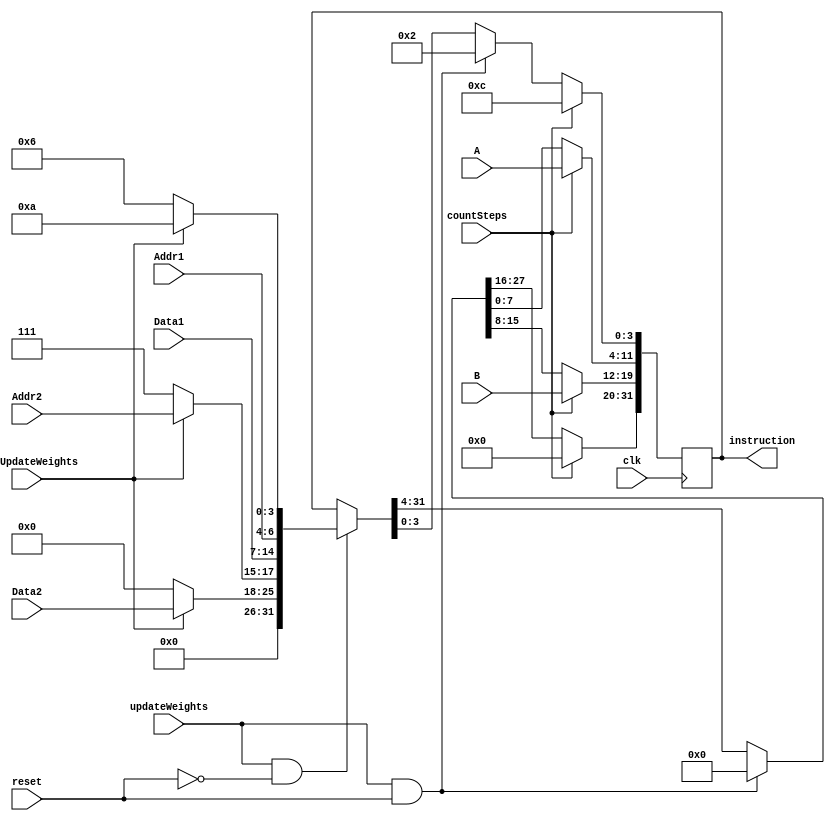
module instrFetch(
    clk, updateWeights, countSteps, reset, dualUpdateWeights, A, B, Addr1, Addr2, Data1, Data2,
    instruction
);
    input  clk;
    input  reset;
    input  countSteps;
    input  updateWeights;
    input  dualUpdateWeights;
    input  [7 :0] A, B; 
    input  [2 :0] Addr1, Addr2;
    input  [7 :0] Data1, Data2;
    output reg [31: 0] instruction;

    always @(posedge clk) begin
        if(countSteps == 1'b1) begin
            instruction[ 3: 0] = 4'b1100;
            instruction[11: 4] = A;
            instruction[19:12] = B;
            instruction[31:20] = 12'b0; // Waste Bits
        end
        else if(updateWeights ==  1'b1 & reset == 1'b1) begin
            instruction[ 3: 0] =  4'b0010;
            instruction[31: 4] = 28'b0;
        end
        else if(updateWeights == 1'b1 & reset == 1'b0) begin
            if(dualUpdateWeights == 1'b1) begin
                instruction[ 3: 0] = 4'b1010;
                instruction[ 6: 4] = Addr1;
                instruction[14: 7] = Data1;
                instruction[17:15] = Addr2;
                instruction[25:18] = Data2;
                instruction[31:26] = 6'b0; // Waste
            end
            else begin
                instruction[ 3: 0] = 4'b0110;
                instruction[ 6: 4] = Addr1;
                instruction[14: 7] = Data1;
                instruction[17:15] = 3'b111; // Writing at Spare register
                instruction[25:18] = 8'b0;
                instruction[31:26] = 6'b0; // Waste
            end
        end
    end
endmodule